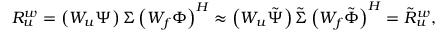
\boldsymbol { R _ { u } ^ { w } } = \left( \boldsymbol { W _ { u } } \boldsymbol { \Psi } \right) \boldsymbol { \Sigma } \left( \boldsymbol { W _ { f } } \boldsymbol { \Phi } \right) ^ { H } \approx \left( \boldsymbol { W _ { u } } \boldsymbol { \tilde { \Psi } } \right) \boldsymbol { \tilde { \Sigma } } \left( \boldsymbol { W _ { f } } \boldsymbol { \tilde { \Phi } } \right) ^ { H } = \boldsymbol { \tilde { R } _ { u } ^ { w } } ,